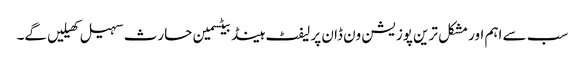
سب سے اہم اور مشکل ترین پوزیشن ون ڈان پر لیفٹ ہینڈ بیٹسمین حارث سہیل کھیلیں گے۔